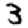
Digit: 3